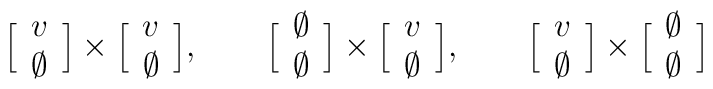
\Big[  \begin{array}{c} v \cr \emptyset \end{array} \Big] \times\Big[  \begin{array}{c} v \cr \emptyset \end{array} \Big],  \qquad \Big[  \begin{array}{c} \emptyset \cr \emptyset \end{array} \Big] \times\Big[  \begin{array}{c} v \cr \emptyset \end{array} \Big], \qquad \Big[  \begin{array}{c} v \cr \emptyset \end{array} \Big] \times\Big[  \begin{array}{c} \emptyset \cr \emptyset \end{array} \Big]